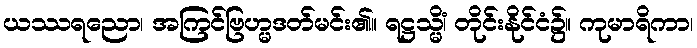
ယဿရညော၊ အကြင်ဗြဟ္မဒတ်မင်း၏။ ရဋ္ဌသ္မိံ၊ တိုင်းနိုင်ငံ၌။ ကုမာရိကာ၊